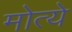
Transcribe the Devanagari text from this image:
मोत्ये